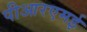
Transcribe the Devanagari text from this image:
पीआरएमई